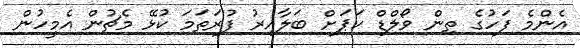
އެންމެ ފަހުގެ ތިން ވޯލްޑް ކަޕަށް ބަލާއިރު ފުރަތަމަ ކުޅޭ މެޗުން އެމީހުން